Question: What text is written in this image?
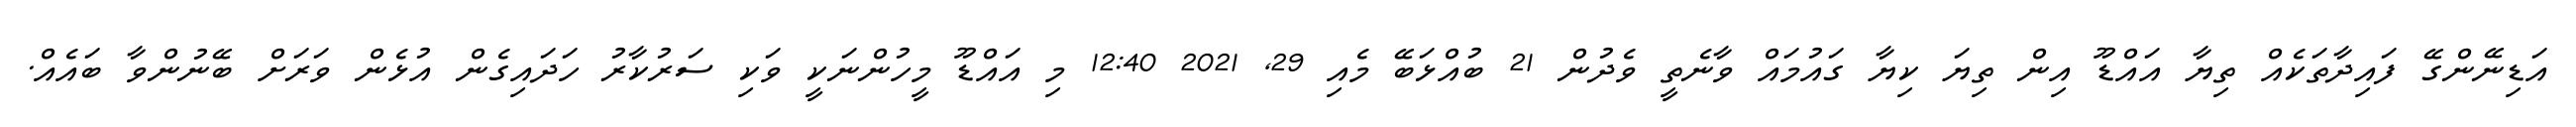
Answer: އަޑިނޭންގޭ ފައިދާތަކެއް ތިޔާ އައްޑޫ އިން ތިޔަ ކިޔާ ގައުމައް ވާނެތީ ވެދުން 21 ބުއްޅަބޭ މެއި 29, 2021 12:40 މި އައްޑޫ މީހުންނަކީ ވަކި ސަރުކާރު ހަދައިގެން އުޅެން ވަރަށް ބޭނުންވާ ބައެއް.